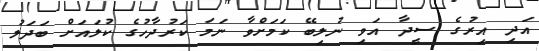
އަދި އިރުގެ ސީދާ އަވި ނުލިބޭ ކަމަށްވާ ނަމަ ކަރުދާހުގެ ކުލައަށް ބަދަލު